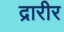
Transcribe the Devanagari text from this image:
द्रारीर